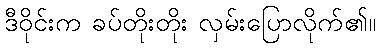
ဒီဝိုင်းက ခပ်တိုးတိုး လှမ်းပြောလိုက်၏။